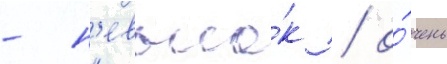
- н'евысо́к / о́чень